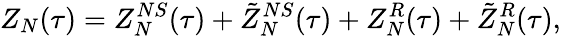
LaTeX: Z_{N}(\tau)=Z_{N}^{NS}(\tau)+\tilde{Z}_{N}^{NS}(\tau)+Z_{N}^{R}(\tau)+\tilde{Z}_{N}^{R}(\tau),